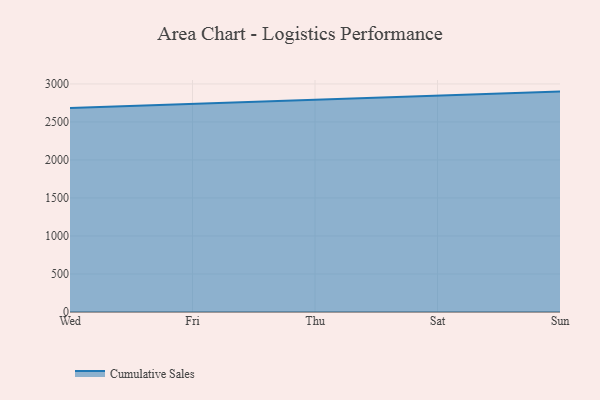
{"axis": {"x": "Day", "y": "Shipments"}, "legend": ["Cumulative Sales"], "data": [{"x": "Wed", "y": 2684.0, "type": "Cumulative Sales"}, {"x": "Fri", "y": 2738.9, "type": "Cumulative Sales"}, {"x": "Thu", "y": 2798.1, "type": "Cumulative Sales"}, {"x": "Sat", "y": 2853.0, "type": "Cumulative Sales"}, {"x": "Sun", "y": 2899.1, "type": "Cumulative Sales"}]}